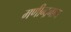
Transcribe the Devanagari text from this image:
मणीन्द्रनाथ